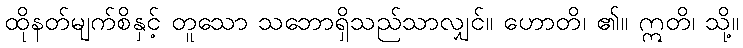
ထိုနတ်မျက်စိနှင့် တူသော သဘောရှိသည်သာလျှင်။ ဟောတိ၊ ၏။ ဣတိ၊ သို့။